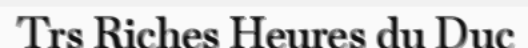
Trs Riches Heures du Duc